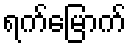
ရက်မြောက်